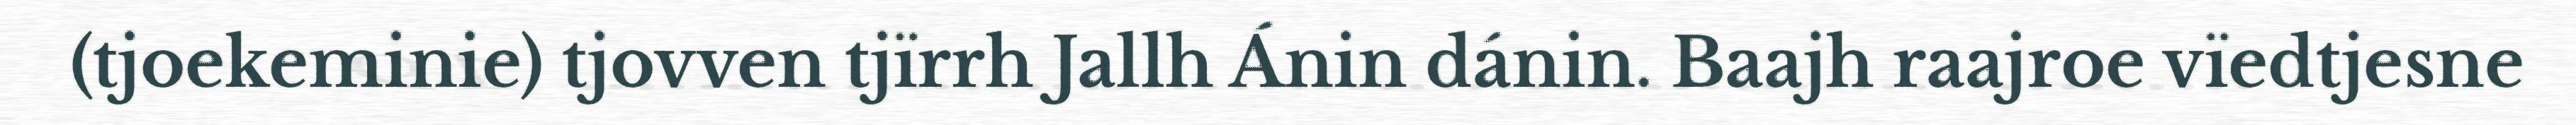
(tjoekeminie) tjovven tjïrrh Jallh Ánin dánin. Baajh raajroe vïedtjesne